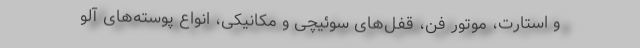
و استارت، موتور فن، قفل‌های سوئیچی و مکانیکی، انواع پوسته‌های آلو